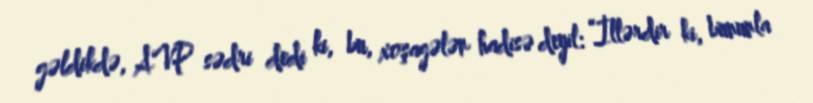
gəldikdə, AVP sədri dedi ki, bu, xoşagələn hadisə deyil: “İllərdir ki, bununla